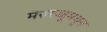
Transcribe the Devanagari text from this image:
मेरुरज्जूमधून